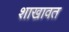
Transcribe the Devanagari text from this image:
शाखावत